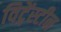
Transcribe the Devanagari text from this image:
विट्गेंस्टीन